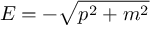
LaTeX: E = - { \sqrt { p ^ { 2 } + m ^ { 2 } } }